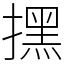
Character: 㩏